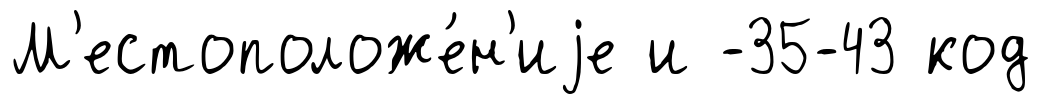
М'естоположе́н'иjе и -35-43 код